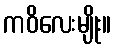
ကဝိလေးမျိုး။